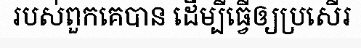
របស់ពួកគេបាន ដើម្បីធ្វើឲ្យប្រសើរ